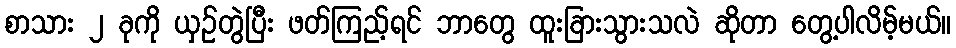
စာသား ၂ ခုကို ယှဉ်တွဲပြီး ဖတ်ကြည့်ရင် ဘာတွေ ထူးခြားသွားသလဲ ဆိုတာ တွေ့ပါလိမ့်မယ်။